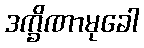
ဒက္ခိဏာမုခေါ